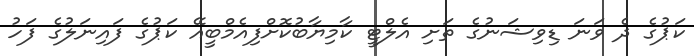
ކަޕުގެ ދެ ވަނަ ޑިވިޝަނުގެ ތަށި އެލްޓީ ކާމިޔާބުކޮށްފިއެމްބީއޭ ކަޕުގެ ފައިނަލުގެ ފަހު